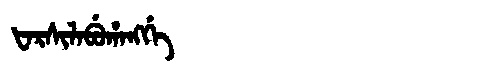
Manchu: ᡶᠠᡵᠰᡳᠯᠠᠪᡠᡥᠠᠩᡤᡝ
Romanization: FARSILABUHANGGE